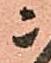
ニ